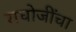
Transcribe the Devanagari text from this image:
राघोजींचा